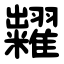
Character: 糶